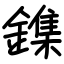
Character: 鏶